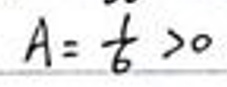
$A = \frac{ \ddot{t} }{6}>0$